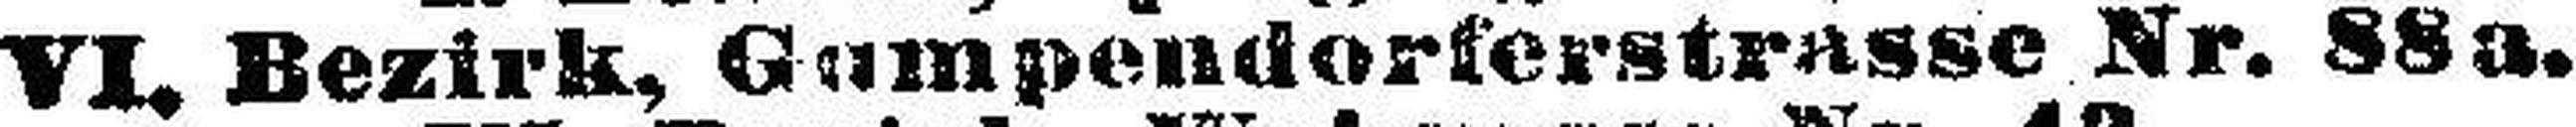
VI. Bezirk, Gumpendorferstrasse Nr. 88a.